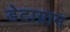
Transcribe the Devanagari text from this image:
डेटाग्राम